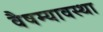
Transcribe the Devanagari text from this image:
वैषम्यावस्था